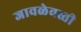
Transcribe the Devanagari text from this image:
जावळेवस्ती